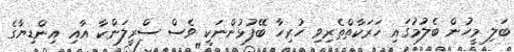
ބަލި މީހުން ބެލުމުގައި ހަރަކާތްތެރިވި ހުރިހާ ބޭފުޅުންނަކީ ވެސް ސްރީލަންކާ އާއި އިންޑިޔާގެ